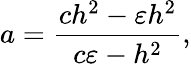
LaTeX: a=\frac{ch^{2}-\varepsilon h^{2}}{c\varepsilon-h^{2}},